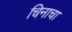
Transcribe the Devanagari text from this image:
चिनाचा